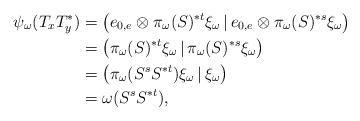
LaTeX: \begin{align*}\psi_\omega(T_xT_y^*)&=\big(e_{0,e}\otimes \pi_{\omega}(S)^{*t}\xi_\omega\,|\,e_{0,e}\otimes \pi_{\omega}(S)^{*s}\xi_\omega\big)\\&=\big(\pi_{\omega}(S)^{*t}\xi_\omega\,|\,\pi_{\omega}(S)^{*s}\xi_\omega\big)\\&=\big(\pi_{\omega}(S^sS^{*t})\xi_\omega\,|\,\xi_\omega\big)\\&=\omega(S^sS^{*t}),\end{align*}